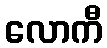
လောကီ